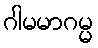
ဂါမမာဂမ္မ